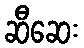
ဆီဆေး